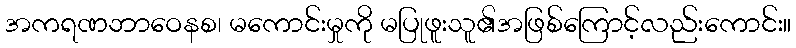
အကရဏဘာဝေနစ၊ မကောင်းမှုကို မပြုဖူးသူ၏အဖြစ်ကြောင့်လည်းကောင်း။